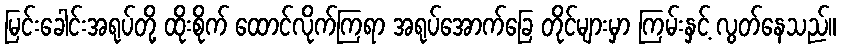
မြင်းခေါင်းအရုပ်တို့ ထိုးစိုက် ထောင်လိုက်ကြရာ အရုပ်အောက်ခြေ တိုင်များမှာ ကြမ်းနှင့် လွတ်နေသည်။